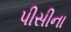
પીસીના